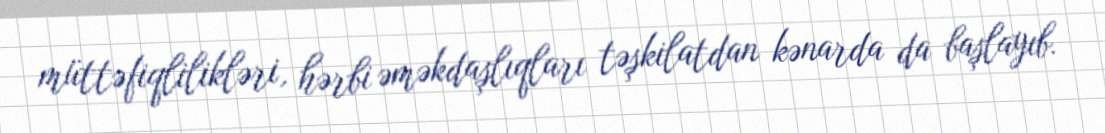
müttəfiqlilikləri, hərbi əməkdaşlıqları təşkilatdan kənarda da başlayıb.